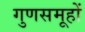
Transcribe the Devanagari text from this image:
गुणसमूहों